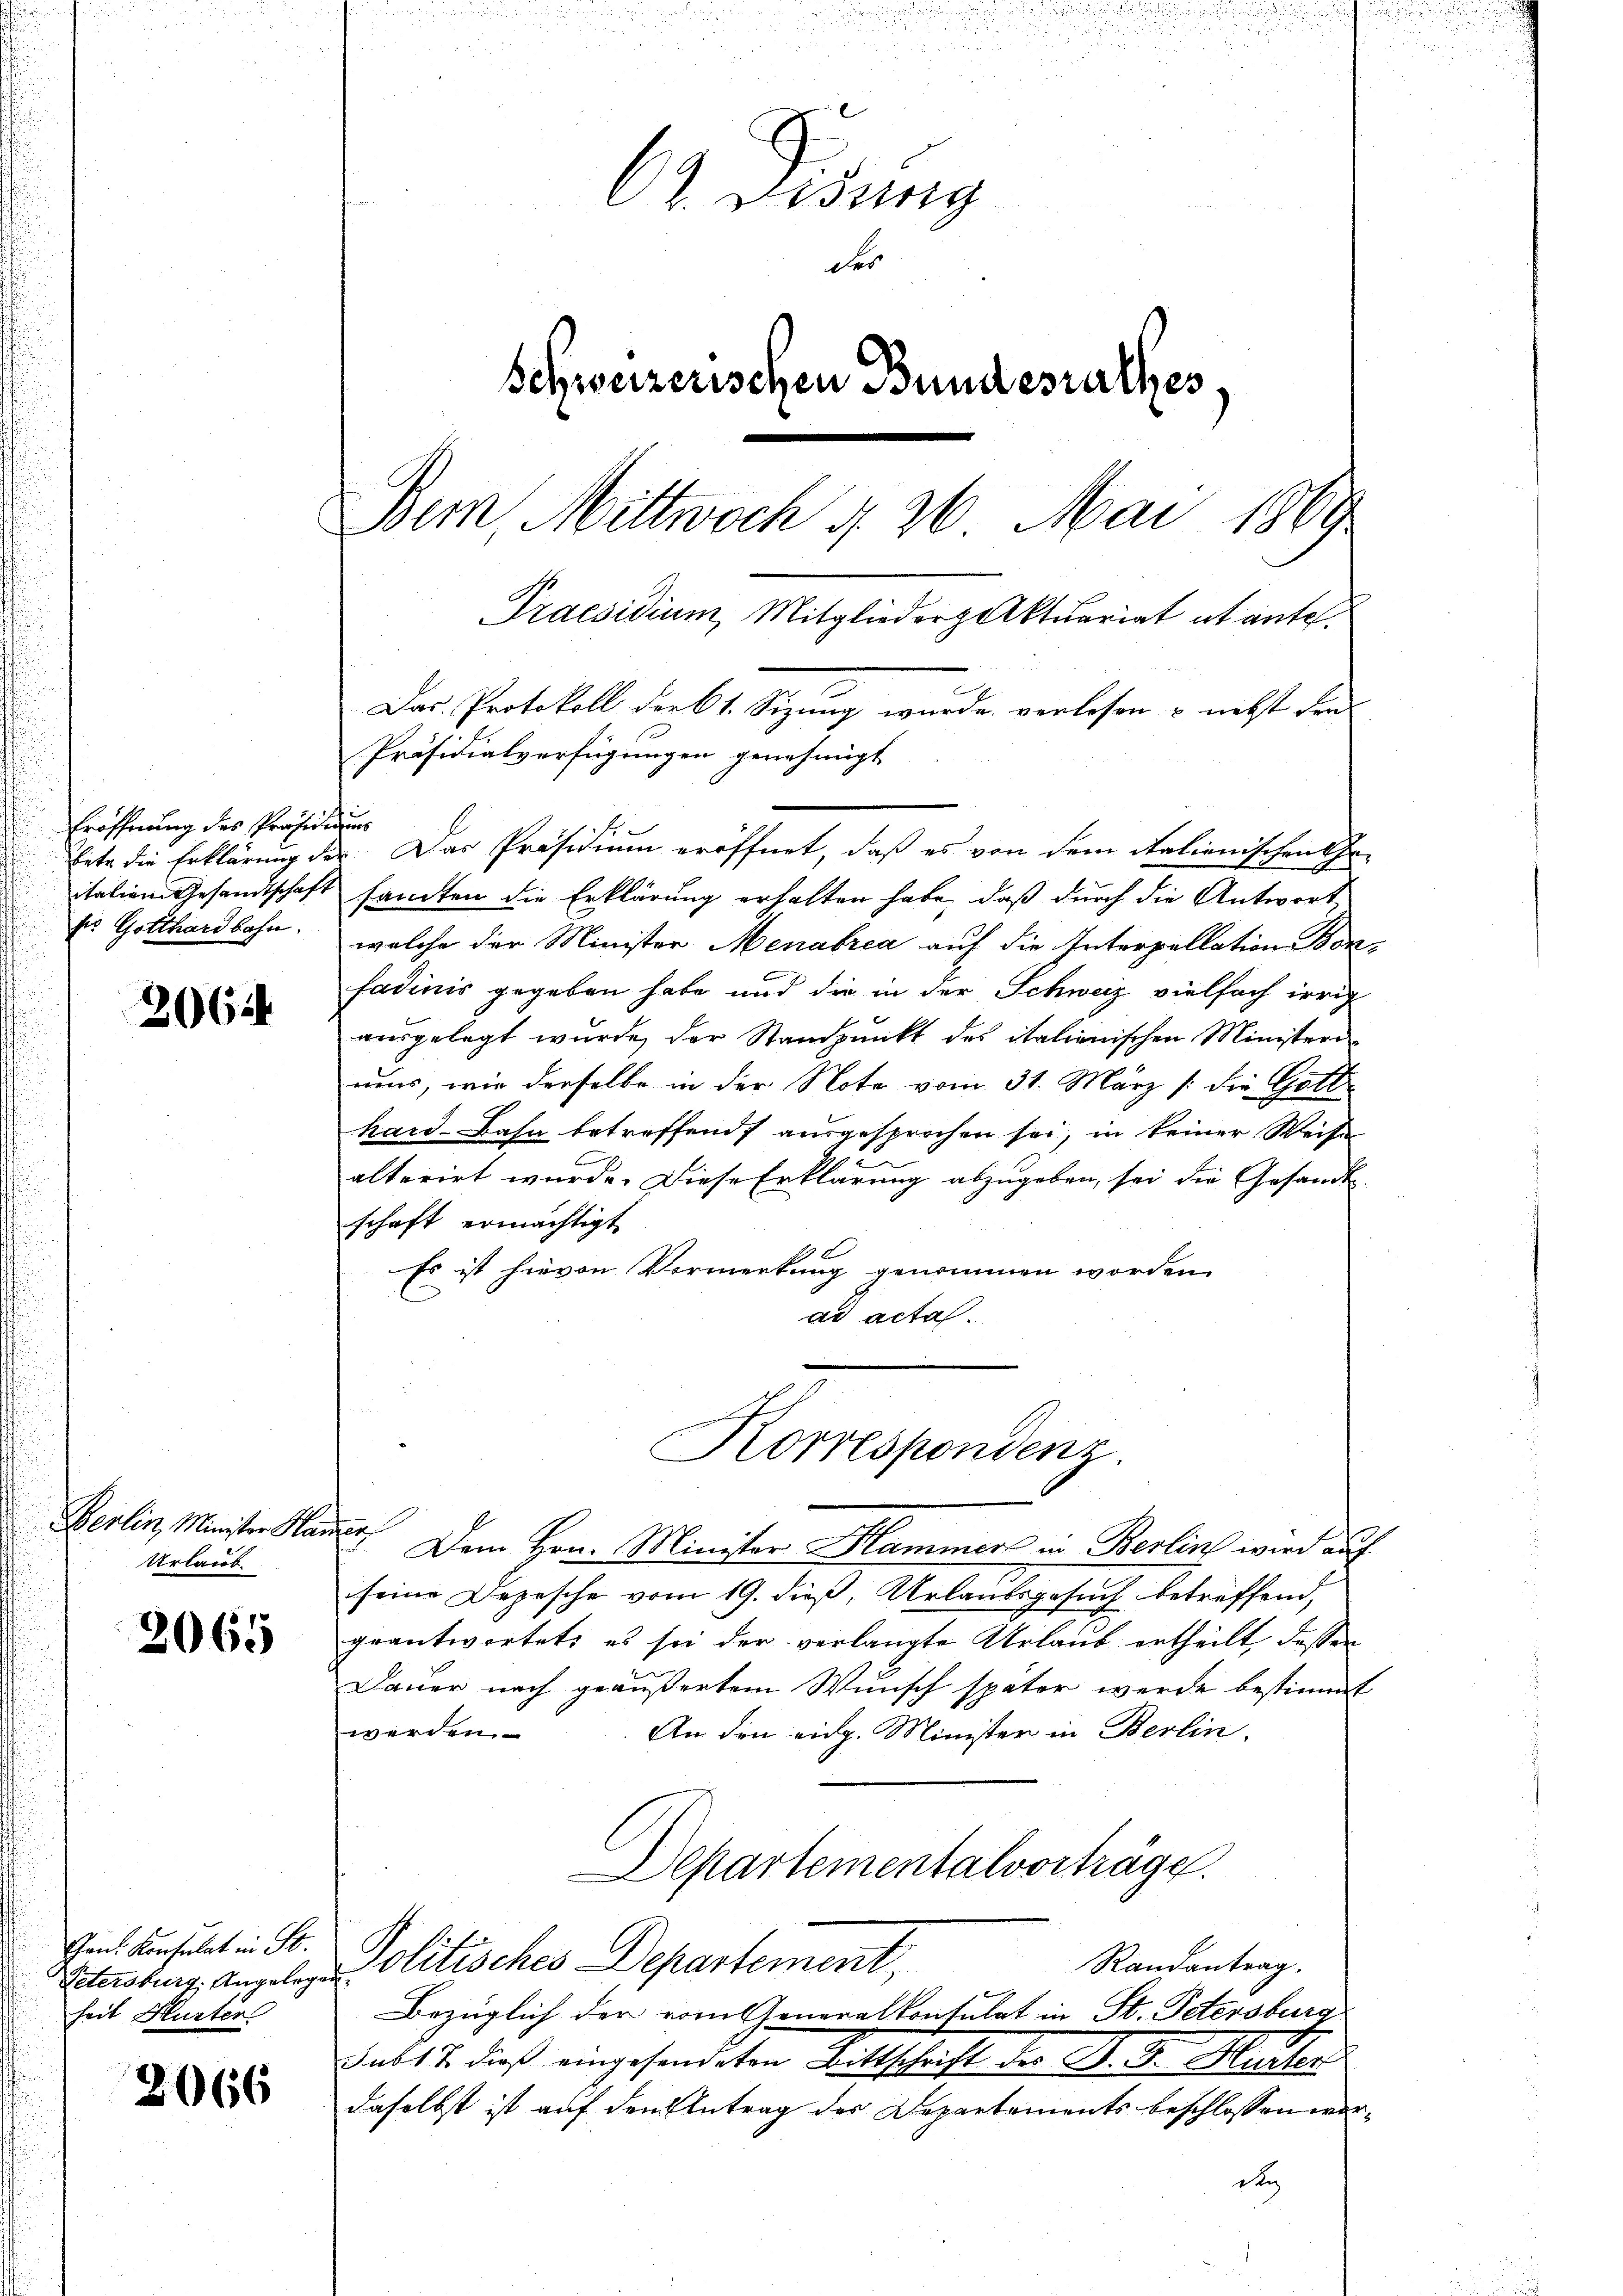
Eröffnung des Präsidiums
Er Gotthardbahn.

2061

Berlin, Minister Ha
Urlaub.

2065

Gans. Konsulat in St.
Petersburg, Angelege
heit Hurten

2066

62. Disung
der
Schweizerischen Bundesrathes
Dem Mittwoch § 26. Mai 1889
Praesidium, Mitglieder Aktuariat et ante.
Das Protokoll der St. Sizung wurde verlesen & nebst den
Präsidialverfügungen genehmigt

bete die Erklärung der Das Präsidium eröffnet, daß es von dem italienischen Ge-
italien Gesandtschaft sandten die Erklärung erhalten habe, daß durch die Antwort,
welche der Minister Menabrea auf die Interpellation Bonfadinis gegeben habe und die in der Schweiz vielfach irrig
ausgelegt wurde, der Standpunkt des italienischen Ministeri
ums, wie derselbe in der Note vom 31. März /: die Gott
kard-Bahn betreffend ausgesprochen sei, in keiner Weise
alterirt wurde. Diese Erklärung abzugeben, sei die Gesandt-
schaft ermächtigt
6
Es ist hievon Vormerkung genommen worden.
ad acta.
Korrespondenz.
n
: Dem Hrn. Minister Hammers in Berlin wird auf
seine Depesche vom 19. dieß, Urlaubsgesuch betreffend,
geantwortete es sei der verlangte Urlaub ertheilt dessen
Dauer nach geäußertem Wunsch später werde bestimmt
werden.
An den eidg. Minister in Berlin.
Departementalvorträge.
Politisches Departement,
Randantrag.
¬
Bezüglich der vom Generalkonsulat in St. Petersburg
as 17. dieß eingesanderten Mittschrift der Fr. 3. Marli
daselbst ist auf den Antrag des Departements beschlossen worder